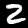
Digit: 2